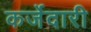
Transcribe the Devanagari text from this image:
कर्जेदारी